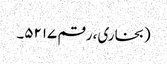
(بخاری، رقم ۵۲۱۷۔